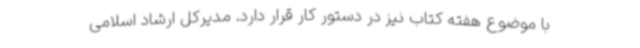
با موضوع هفته کتاب نیز در دستور کار قرار دارد. مدیرکل ارشاد اسلامی